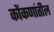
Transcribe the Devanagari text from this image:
कोंकणांतील